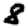
Digit: 8